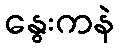
နွေးကနဲ